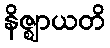
နိဇ္ဈာယတိ